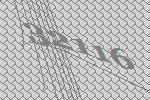
32116